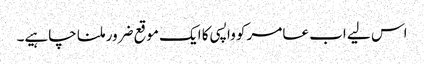
اس لیے اب عامر کو واپسی کا ایک موقع ضرور ملنا چاہیے۔